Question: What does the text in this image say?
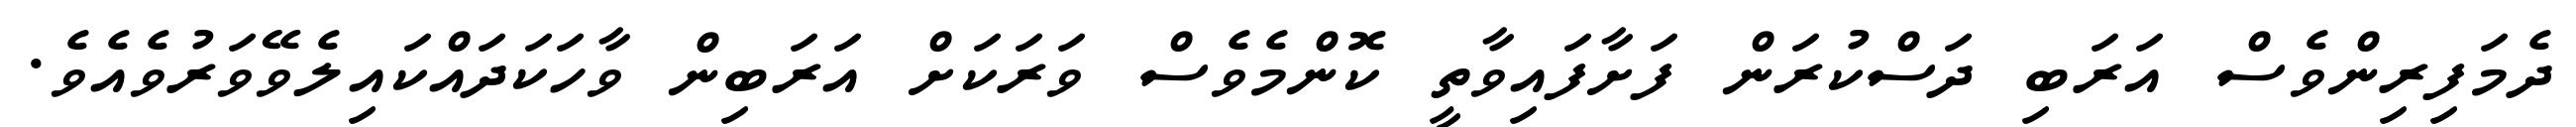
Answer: ދެމަފިރިންވެސް އަރަބި ދަސްކުރަން ފަށާފައިވާތީ ކޮންމެވެސް ވަރަކަށް އަރަބިން ވާހަކަދައްކައިލެވޭވަރުވެއެވެ.